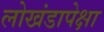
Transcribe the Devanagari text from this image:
लोखंडापेक्षा